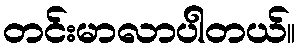
တင်းမာလာပါတယ်။